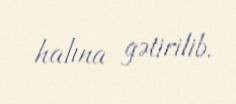
halına gətirilib.